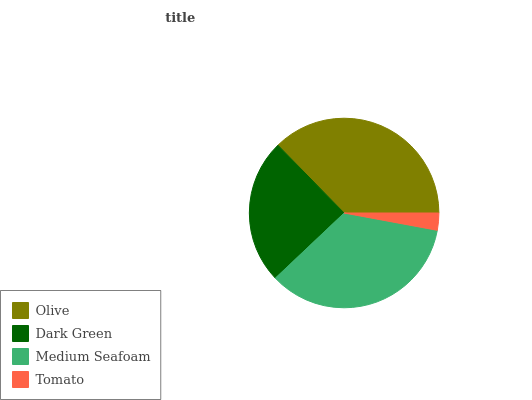
| Olive | Dark Green | Medium Seafoam | Tomato |
 | --- | --- | --- | --- |
 | 37.3% | 24.7% | 35.1% | 2.93% |